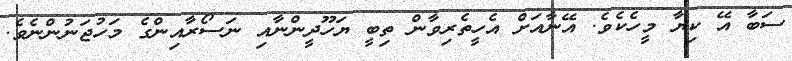
ސަބާ އޭ ކިޔާ މީހެކެވެ. އޭނާއަށް އެހީތެރިވާން ތިބީ ޔަހޫދީންނާއި ނަސޯރާއިންގެ މަހުޖަނުންނެވެ.